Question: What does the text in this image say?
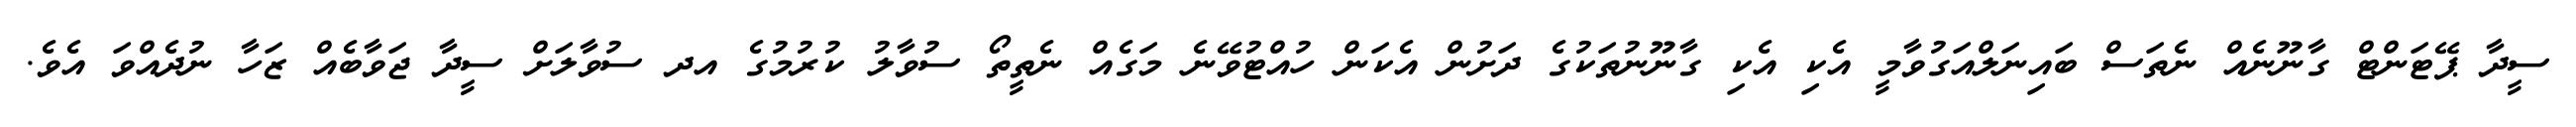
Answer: ސީދާ ޕޭޓަންޓް ގާނޫނެއް ނެތަސް ބައިނަލްއަގުވާމީ އެކި އެކި ގާނޫނުތަކުގެ ދަށުން އެކަން ހުއްޓުވޭނެ މަގެއް ނެތީތޯ ސުވާލު ކުރުމުގެ އދ ސުވާލަށް ސީދާ ޖަވާބެއް ޒަހާ ނުދެއްވަ އެވެ.